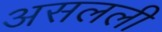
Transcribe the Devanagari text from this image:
असलली